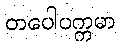
တပေါပက္ကမာ